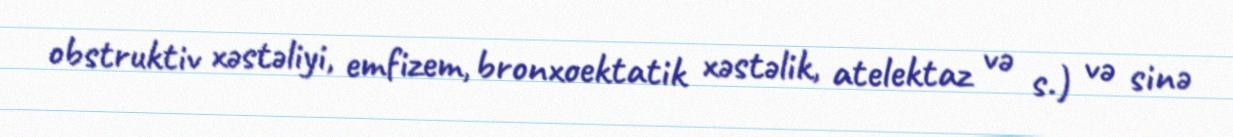
obstruktiv xəstəliyi, emfizem, bronxoektatik xəstəlik, atelektaz və s.) və sinə